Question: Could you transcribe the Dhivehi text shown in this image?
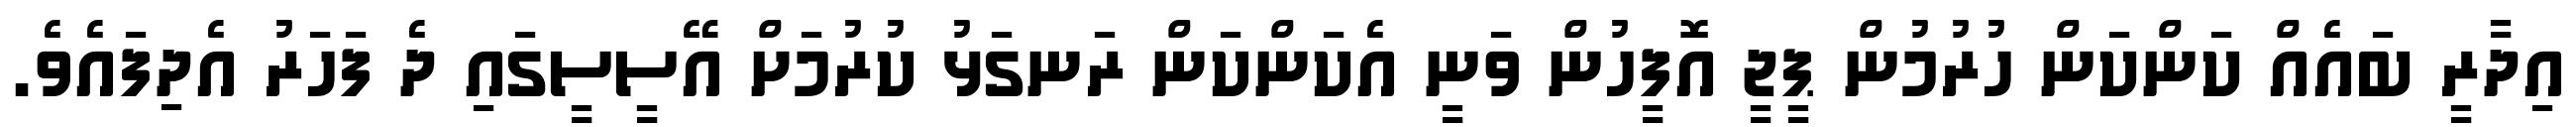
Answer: އިދާރީ ބައެއް ކަންކަން ހުރުމުން ޕީޖީ އޮފީހުން ވަނީ އެކަންކަން ރަނގަޅު ކުރުމަށް އޭސީސީގައި ދެ ފަހަރު އެދިފައެވެ.